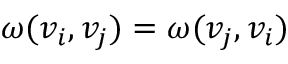
\omega ( v _ { i } , v _ { j } ) = \omega ( v _ { j } , v _ { i } )